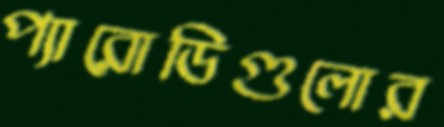
প্যারোডিগুলোর